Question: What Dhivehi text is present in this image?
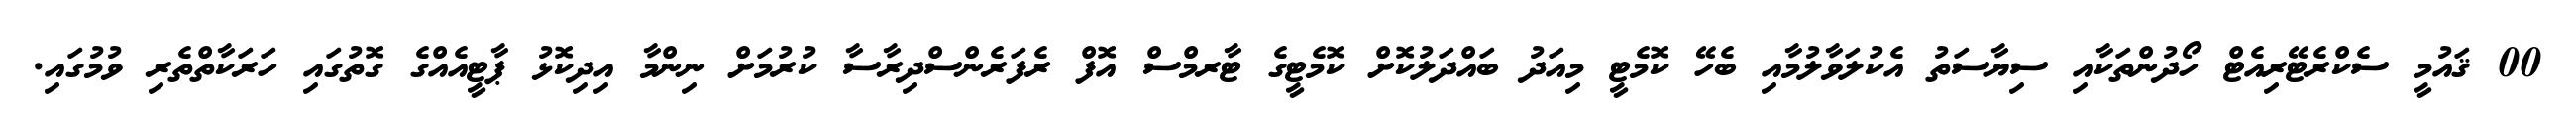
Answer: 00 ޤައުމީ ސެކްރެޓޭރިއެޓް ހޯދުންތަކާއި ސިޔާސަތު އެކުލަވާލުމާއި ބެހޭ ކޮމެޓީ މިއަދު ބައްދަލުކޮށް ކޮމެޓީގެ ޓާރމްސް އޮފް ރެފަރެންސްދިރާސާ ކުރުމަށް ނިންމާ އިދިކޮޅު ޕާޓީއެއްގެ ގޮތުގައި ހަރަކާތްތެރި ވުމުގައި.